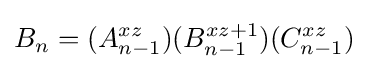
B_{n}=(A_{n-1}^{xz})(B_{n-1}^{xz+1})(C_{n-1}^{xz})